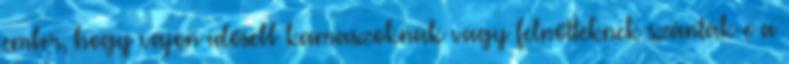
ember, hogy vajon idősebb kamaszoknak vagy felnőtteknek szánták-e a